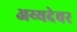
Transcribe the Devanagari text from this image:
अय्यदेवर